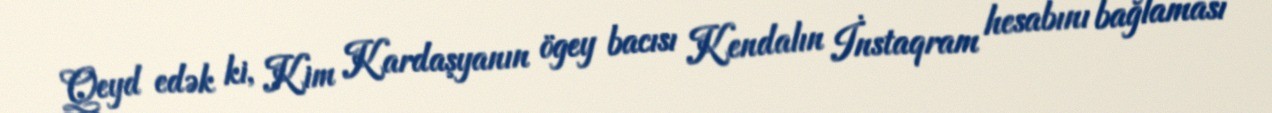
Qeyd edək ki, Kim Kardaşyanın ögey bacısı Kendalın İnstaqram hesabını bağlaması